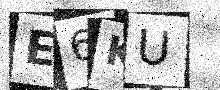
Text: E6KU